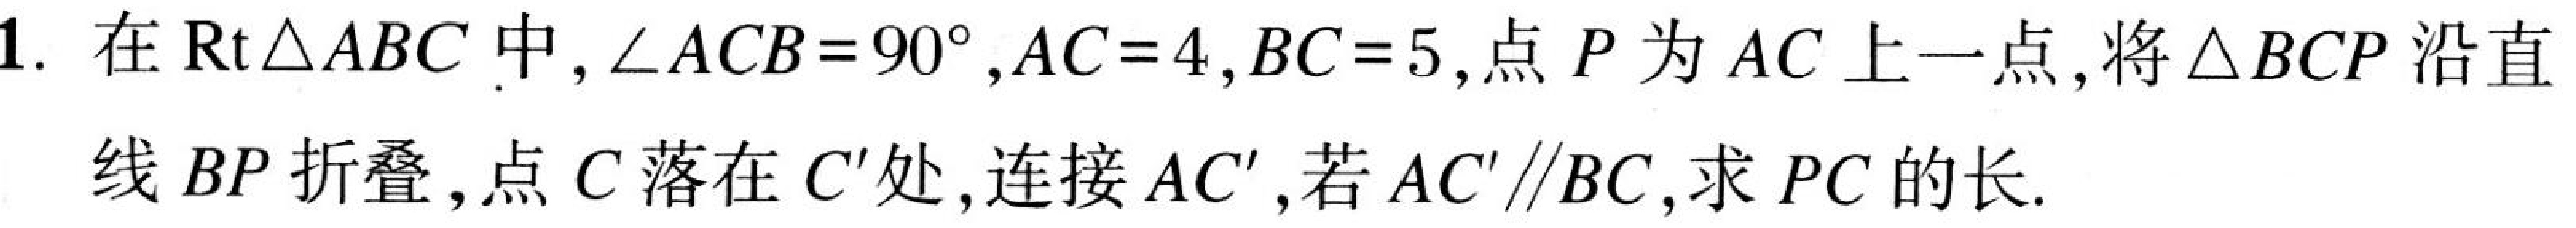
1. 在\(\text{Rt}\triangle ABC\)中，\(\angle ACB = 90^{\circ},AC = 4,BC = 5\)，点\(P\)为\(AC\)上一点，将\(\triangle BCP\)沿直线 \(BP\) 折叠，点\(C\)落在 \(C'\)处，连接\(AC'\)，若\(AC'\parallel BC\)，求\(PC\)的长.